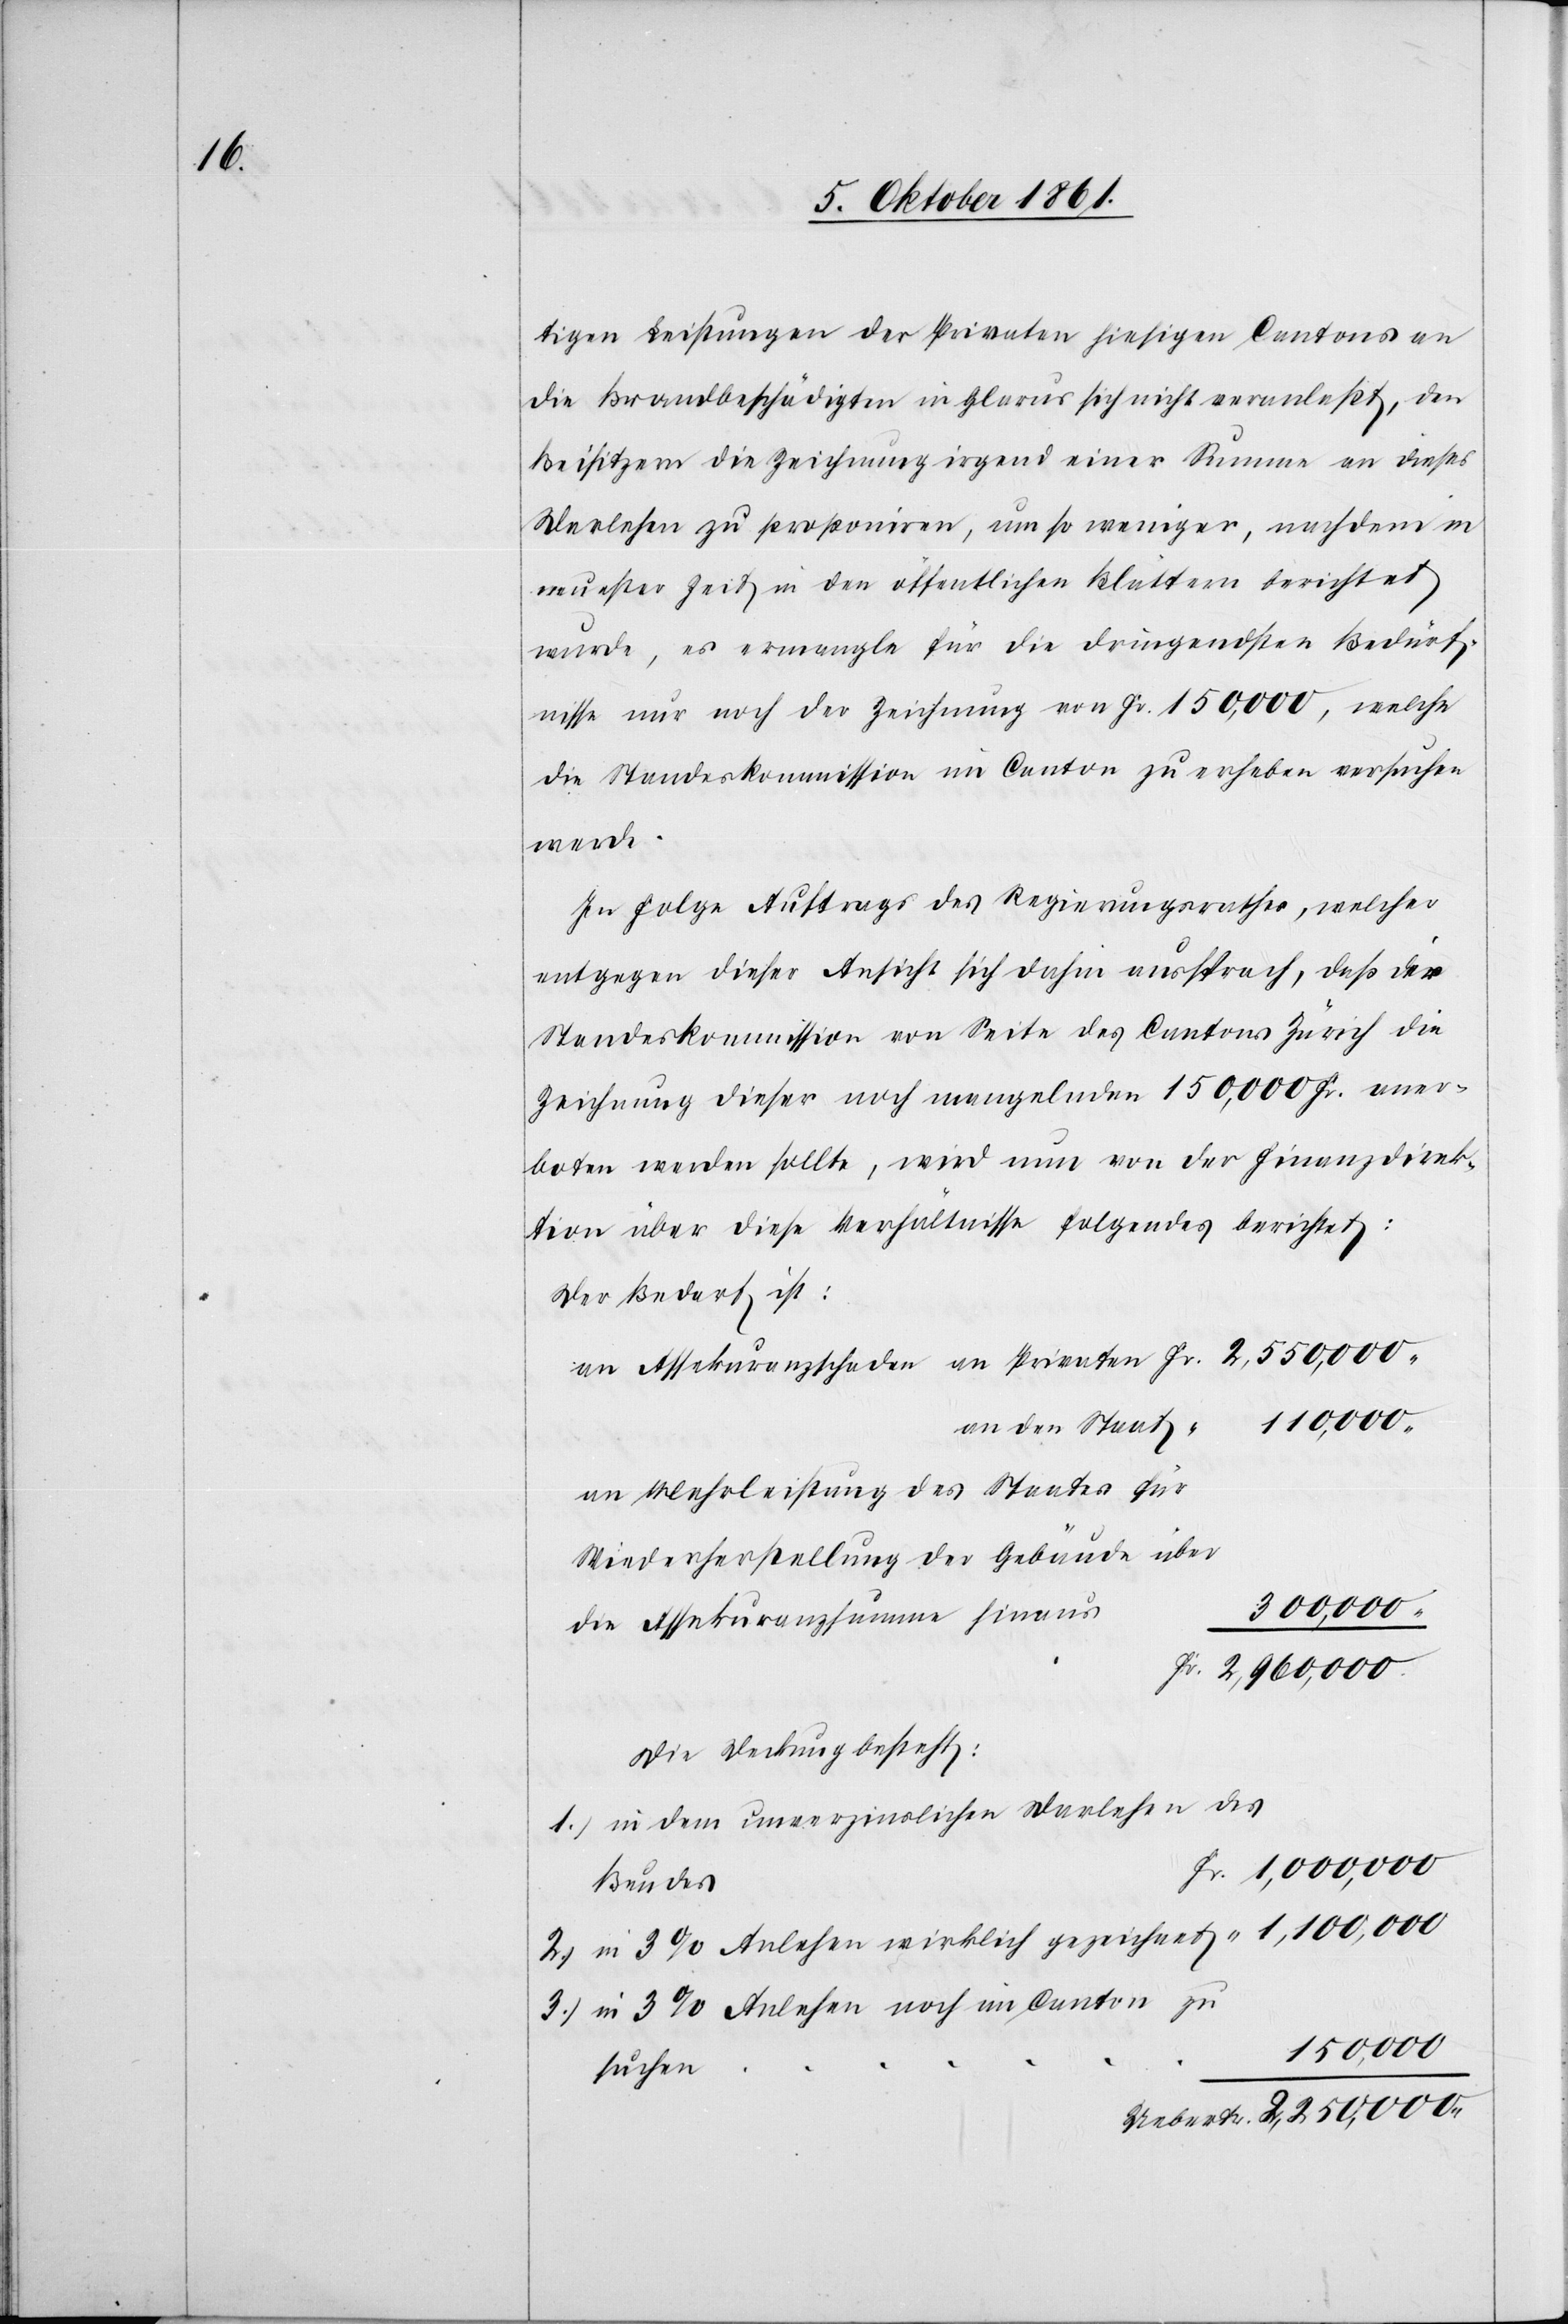
tigen Leistungen der Privaten hiesigen Cantons an
die Brandbeschädigten in Glarus sich nicht veranlaßt, den
Beisitzern die Zeichnung irgend einer Summe an dieses
Darlehen zu proponiren, um so weniger, nachdem in
neuester Zeit in den öffentlichen Blättern berichtet
wurde, es ermangle für die dringendsten Bedürf¬
nisse nur noch der Zeichnung von Fr. 150,000, welche
die Standeskommission im Canton zu erheben versuchen
werde.
In Folge Auftrags des Regierungsrathes, welcher
entgegen dieser Ansicht sich dahin aussprach, daß der
Standeskommission von Seite des Cantons Zürich die
Zeichnung dieser noch mangelnden 150,000 Fr. aner¬
boten werden sollte, wird nun von der Finanzdirek¬
tion über diese Versäumnisse folgendes berichtet:
Der Bedarf ist:
An Mehrleistung des Staates für
Wiederherstellung der Gebäude über
1,100,000
die Assekuranzsumme hinaus
[“] 2,250,000
Die Deckung besteht:
1.) in dem unverzinslichen Darlehen des
Fr. 1,000,000
Bundes
3.) in 3% Anlehen noch im Canton zu
150,000
suchen